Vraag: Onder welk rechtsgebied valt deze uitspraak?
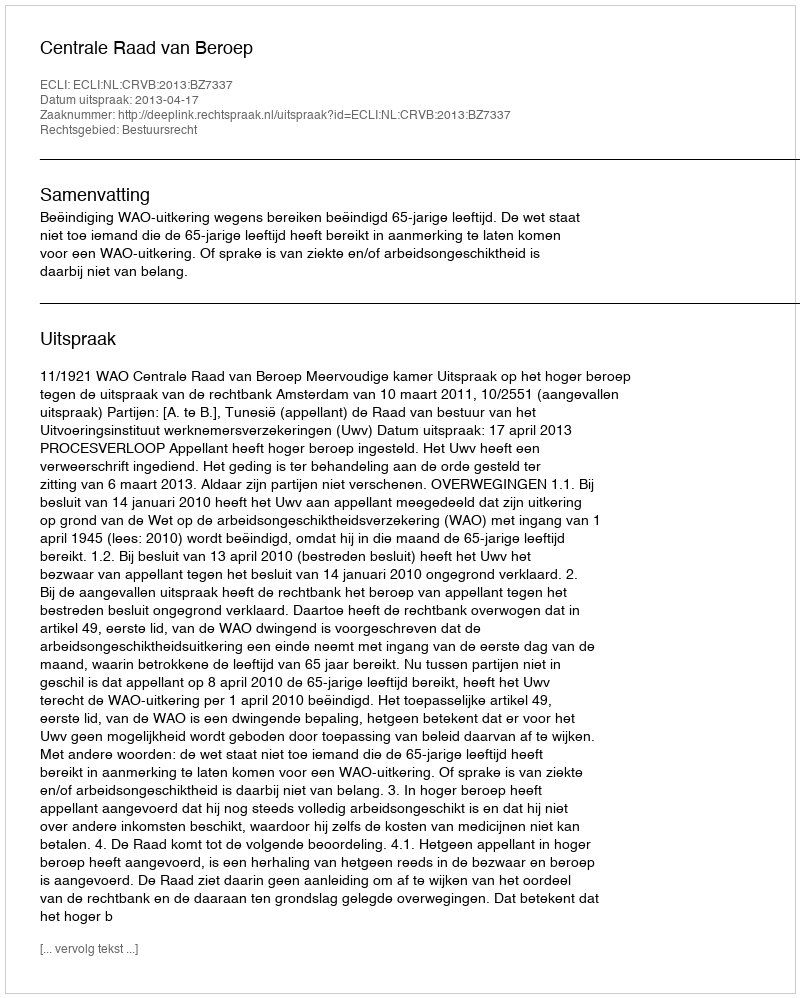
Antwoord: Bestuursrecht